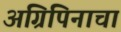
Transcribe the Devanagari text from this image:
अग्रिपिनाचा